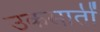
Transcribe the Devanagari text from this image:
उकसातीं